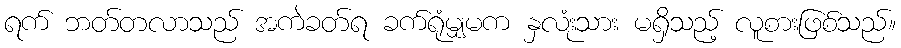
ရက် ဘတ်တလာသည် အကဲခတ်ရ ခက်ရုံမျှမက နှလံးုသား မရှိသည့် လူစားဖြစ်သည်။